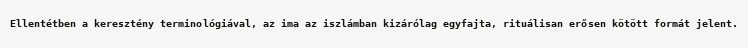
Ellentétben a keresztény terminológiával, az ima az iszlámban kizárólag egyfajta, rituálisan erősen kötött formát jelent.